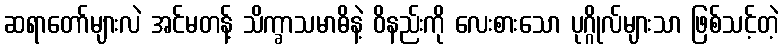
ဆရာတော်များလဲ အင်မတန့် သိက္ခာသမာဓိနဲ့ ဝိနည်းကို လေးစားသော ပုဂ္ဂိုလ်များသာ ဖြစ်သင့်တဲ့